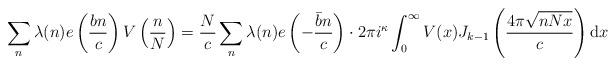
LaTeX: \begin{align*}\sum_{n}\lambda(n)e\left(\frac{bn}{c}\right)V\left(\frac{n}{N}\right)=\frac{N}{c}\sum_{n}\lambda(n)e\left(-\frac{\bar{b}n}{c}\right)\cdot 2\pi i^\kappa\int_{0}^{\infty}V(x)J_{k-1}\left(\frac{4\pi\sqrt{nNx}}{c}\right)\mathrm{d}x\end{align*}